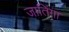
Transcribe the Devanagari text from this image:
जातिंगा